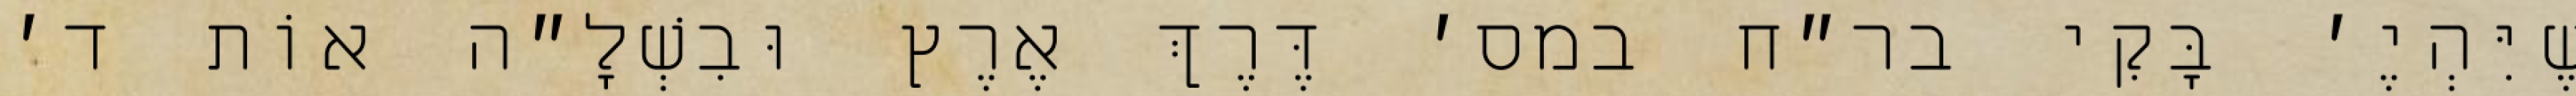
שֶׁיִּהְיֶ׳ בָּקִי בר״ח במס׳ דֶּרֶךְ אֶרֶץ וּבִשְׁלָ״ה אוֹת ד׳